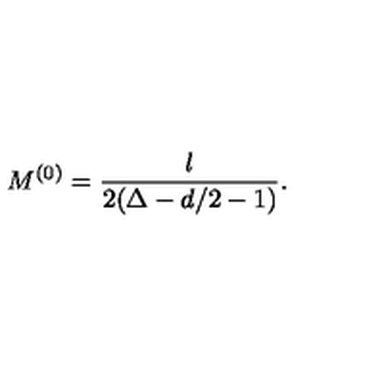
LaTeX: M ^ { ( 0 ) } = \frac { l } { 2 ( \Delta - d / 2 - 1 ) } .